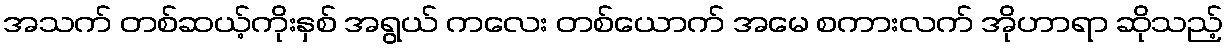
အသက် တစ်ဆယ့်ကိုးနှစ် အရွယ် ကလေး တစ်ယောက် အမေ စကားလက် အိုဟာရာ ဆိုသည့်